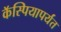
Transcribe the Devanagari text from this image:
कॅस्पियापर्यंत